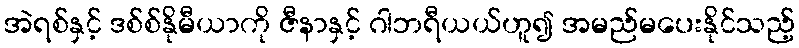
အဲရစ်နှင့် ဒစ်စ်နိုမီယာကို ဇီနာနှင့် ဂါဘရီယယ်ဟူ၍ အမည်မပေးနိုင်သည့်